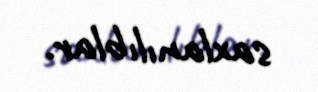
saxlanılıblar.